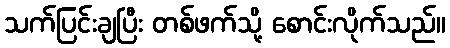
သက်ပြင်းချပြီး တစ်ဖက်သို့ စောင်းလိုက်သည်။